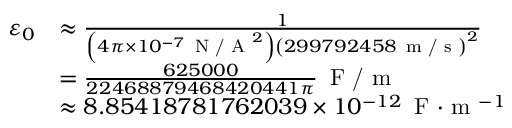
{ \begin{array} { r l } { \varepsilon _ { 0 } } & { \approx { \frac { 1 } { \left( 4 \pi \times 1 0 ^ { - 7 } \, { \textrm { N / A } } ^ { 2 } \right) \left( 2 9 9 7 9 2 4 5 8 \, { \textrm { m / s } } \right) ^ { 2 } } } } \\ & { = { \frac { 6 2 5 0 0 0 } { 2 2 4 6 8 8 7 9 4 6 8 4 2 0 4 4 1 \pi } } \, { \textrm { F / m } } } \\ & { \approx 8 . 8 5 4 1 8 7 8 1 7 6 2 0 3 9 \times 1 0 ^ { - 1 2 } \, { \textrm { F } } { \cdot } { \textrm { m } } ^ { - 1 } } \end{array} }